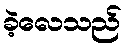
ခဲ့လေသည်